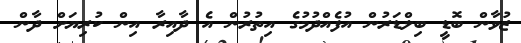
ޒުވާން ބޮޑީ ބިލްޑަރުން އުފެއްދުމުގެ އިތުރުން އެ ދާއިރާ އިން ކުރިޔަށް ދާން